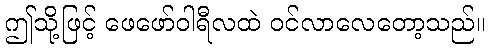
ဤသို့ဖြင့် ဖေဖော်ဝါရီလထဲ ဝင်လာလေတော့သည်။